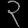
Digit: ၃